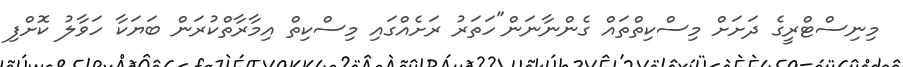
މިނިސްޓްރީގެ ދަށަށް މިސްކިތްތައް ގެންނާނަން"ހަތަރު ރަށެއްގައި މިސްކިތް އިމާރާތްކުރަން ބަޔަކާ ހަވާލު ކޮށްފި